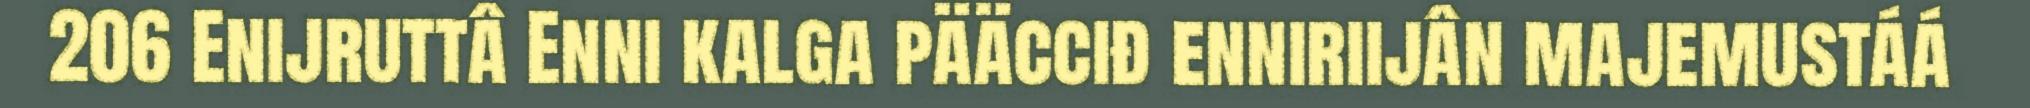
206 Enijruttâ Enni kalga pääcciđ enniriijân majemustáá